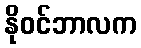
နိုဝင်ဘာလက